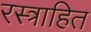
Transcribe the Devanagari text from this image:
रस्त्राहित